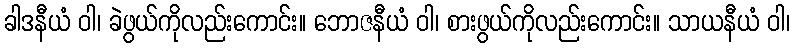
ခါဒနီယံ ဝါ၊ ခဲဖွယ်ကိုလည်းကောင်း။ ဘောဇနီယံ ဝါ၊ စားဖွယ်ကိုလည်းကောင်း။ သာယနီယံ ဝါ၊